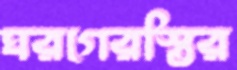
ঘরগেরস্তির